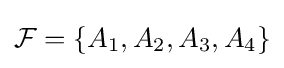
{\mathcal {F}}=\{A_{1},A_{2},A_{3},A_{4}\}